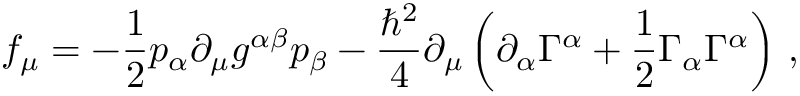
f _ { \mu } = - \frac { 1 } { 2 } p _ { \alpha } \partial _ { \mu } g ^ { \alpha \beta } p _ { \beta } - \frac { \hbar ^ { 2 } } { 4 } \partial _ { \mu } \left( \partial _ { \alpha } \Gamma ^ { \alpha } + \frac { 1 } { 2 } \Gamma _ { \alpha } \Gamma ^ { \alpha } \right) \, ,